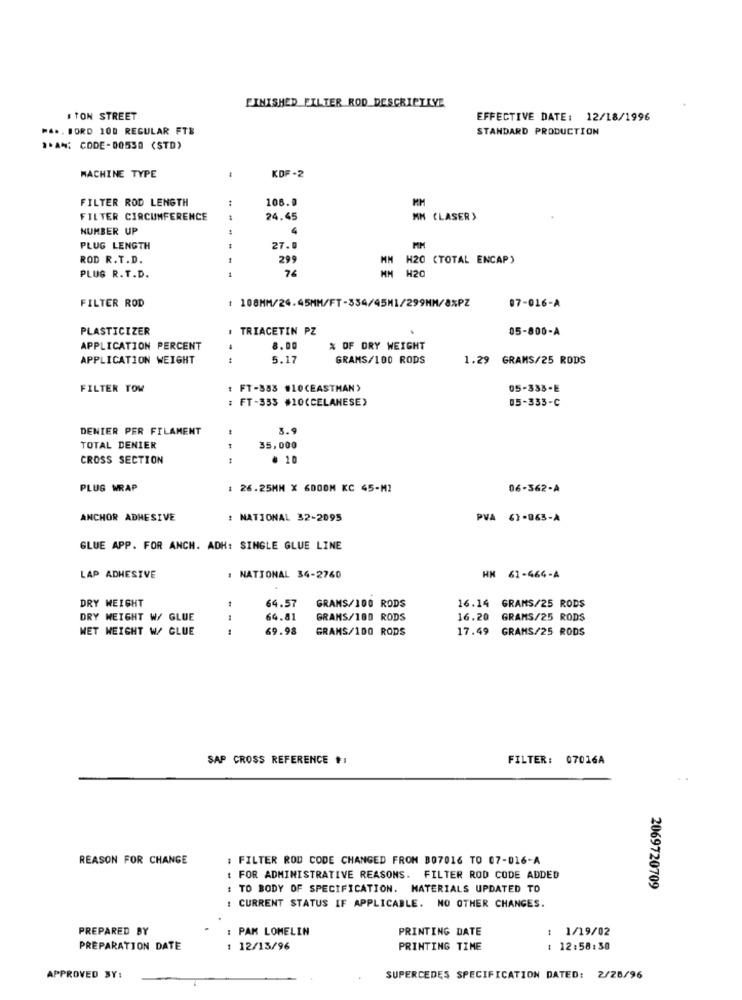
FINISHED FILTER ROD DESCRIPTIVE
# TON STREET
EFFECTIVE DATE: 12/18/1996
" ... BORD 100 REGULAR FTS
STANDARD PRODUCTION
"*AN: CODE-00530 (STD)
MACHINE TYPE
KDF-2
FILTER ROD LENGTH
106.0
FILTER CIRCUMFERENCE
24.45
MN CLASER)
NUMBER UP
---
PLUG LENGTH
27.0
MM
ROD R.T.D.
299
MM
H20 (TOTAL ENCAP)
74
MM H20
PLUG R.T.D.
FILTER ROD
: 108MM/24.45MM/FT-334/45M1/299MM/8%PZ
07-016-A
PLASTICIZER
TRIACETIN PZ
05-800-A
APPLICATION PERCENT
8.00
% OF DRY WEIGHT
APPLICATION WEIGHT
5.17
GRAMS/100 RODS
1.29 GRAMS/25 RODS
FILTER TOM
FT-883 #10CEASTMAN)
05-333-E
FT-333 $10(CELANESE)
05-333-C
DENIER PER FILAMENT
3.9
TOTAL DENIER
35,000
CROSS SECTION
# 10
PLUG WRAP
: 26.25MM X 6DOOM KC 45-MI
06-362-A
ANCHOR ADHESIVE
: NATIONAL 32-2095
PVA 61-063-A
GLUE APP. FOR ANCH. ADH: SINGLE GLUE LINE
LAP ADHESIVE
. NATIONAL 34-2760
HN 61-464-A
DRY WEIGHT
64.57
16.14 GRAMS/25 RODS
GRANS/100 RODS
DRY WEIGHT W/ GLUE
64.81
GRANS/100 RODS
16.20 GRAMS/25 RODS
WET WEIGHT W/ GLUE
69.98
GRANS/100 RODS
17.49 GRAMS/25 RODS
SAP CROSS REFERENCE #1
FILTER: 07016A
REASON FOR CHANGE
: FILTER ROD CODE CHANGED FROM B07016 TO 07-016-A
: FOR ADMINISTRATIVE REASONS. FILTER ROD CODE ADDED
: TO BODY OF SPECIFICATION. MATERIALS UPDATED TO
2069720709
: CURRENT STATUS IF APPLICABLE. NO OTHER CHANGES.
PREPARED BY
: PAK LOMELIN
PRINTING DATE
: 1/19/02
PREPARATION DATE
: 12/13/96
PRINTING TIME
: 12:58:30
APPROVED BY:
SUPERCEDES SPECIFICATION DATED: 2/28/96